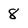
Character: 8